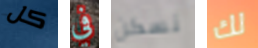
كل في نسكن لك